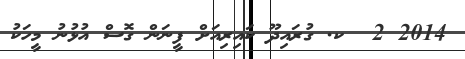
2014 2  ކ. ގުރައިދޫ ކައިރިއަށް ފީނަން ގޮސް އުޅުނު މީހަކު